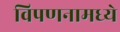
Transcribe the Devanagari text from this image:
विपणनामध्ये